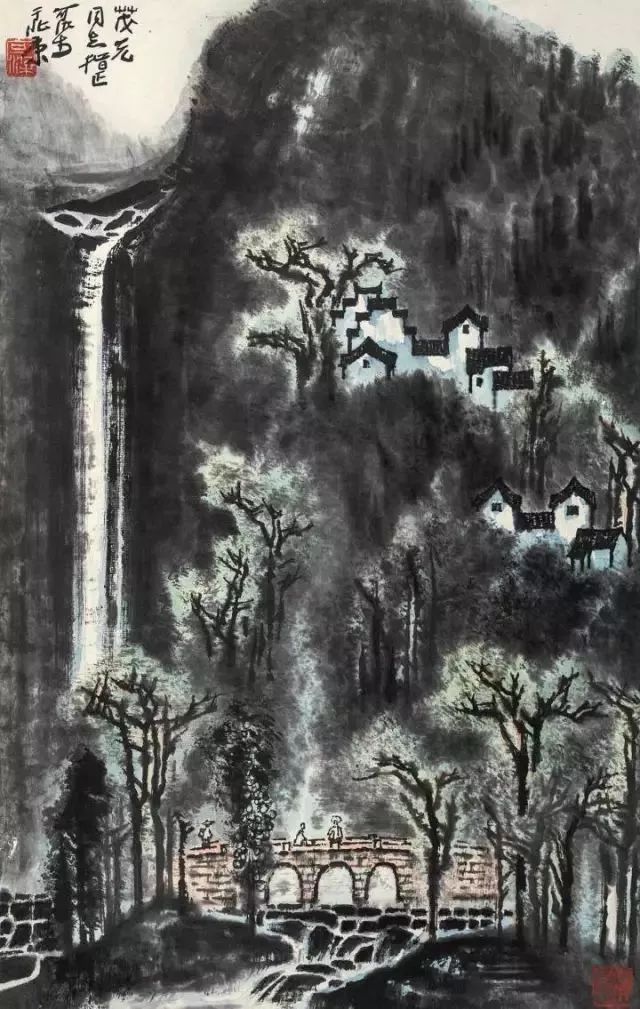
酒阑更喜团茶苦，梦断偏宜瑞脑香。